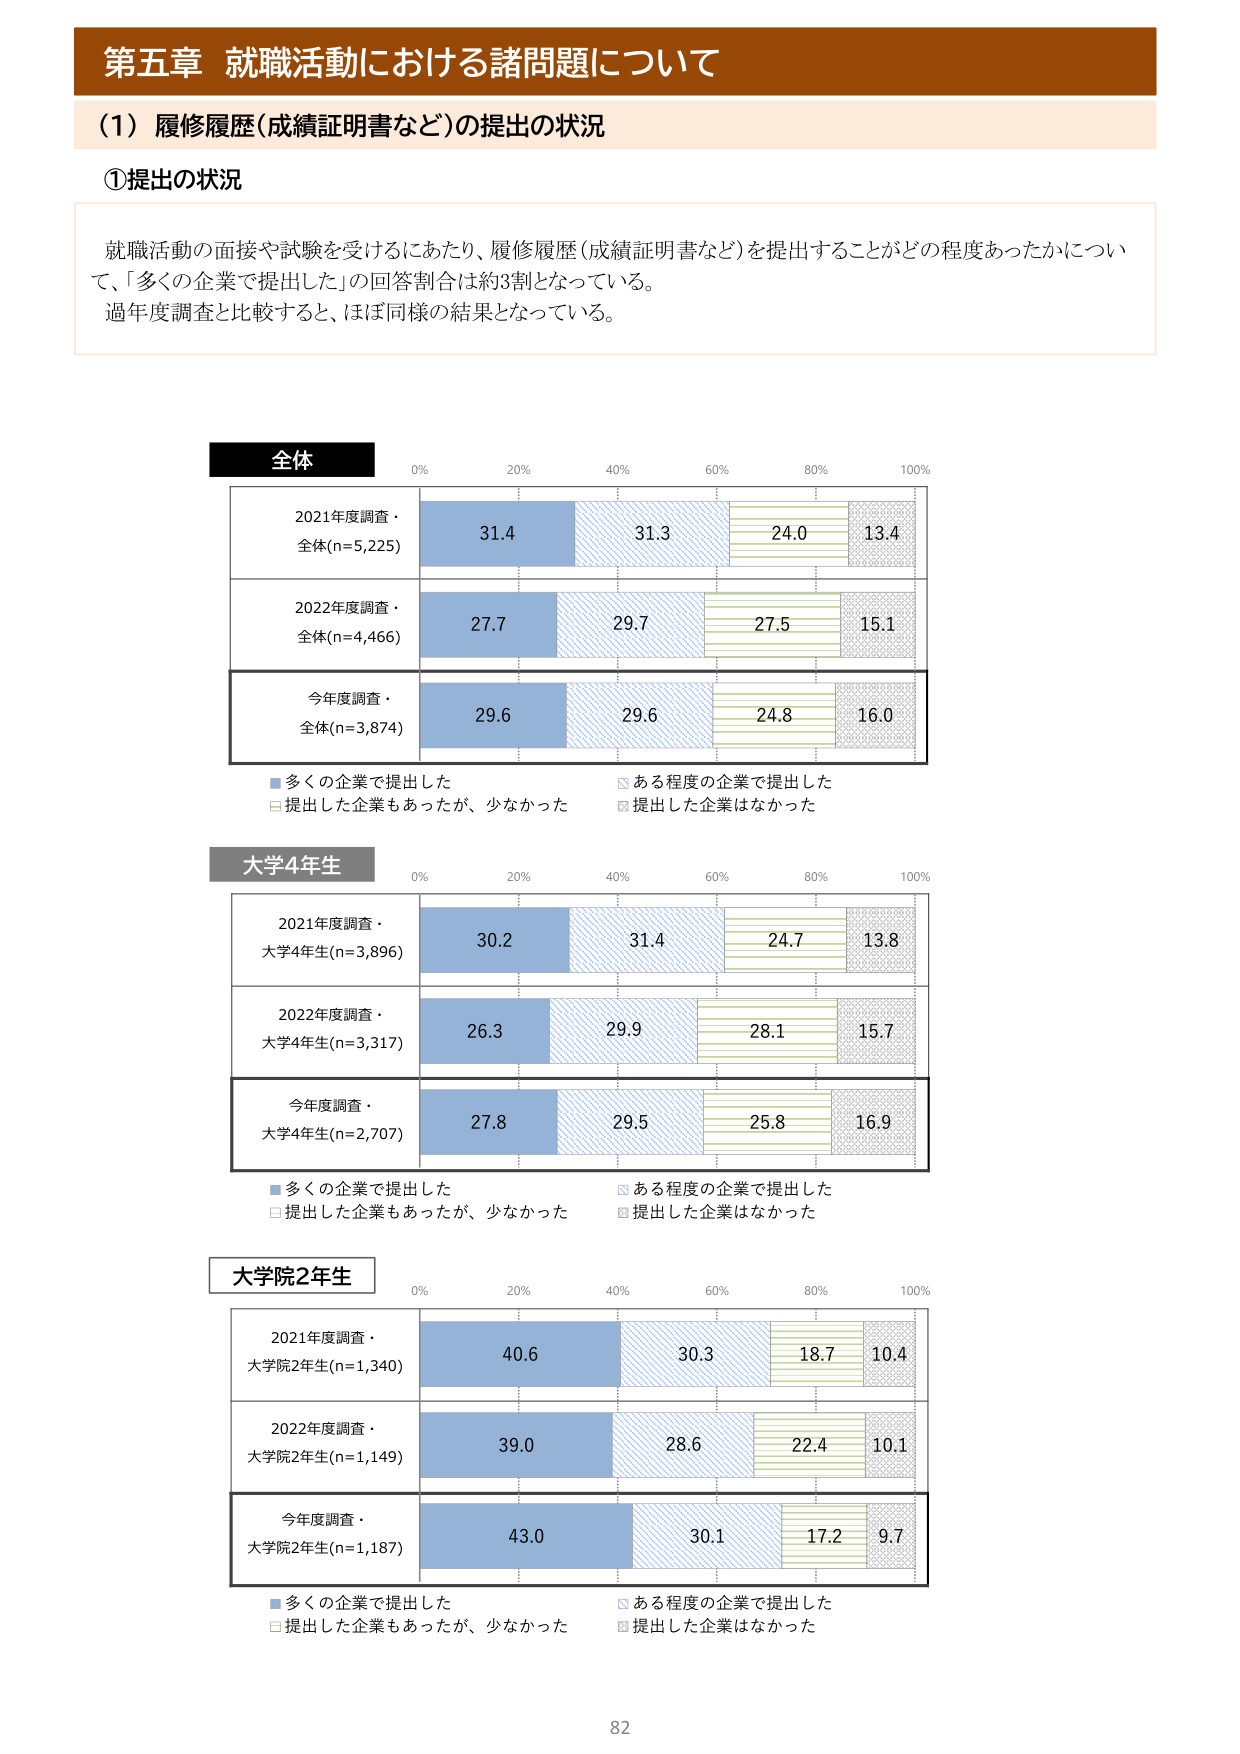
第五章 就職活動における諸問題について

（1）履修履歴（成績証明書など）の提出の状況

①提出の状況

就職活動の面接や試験を受けるにあたり、履修履歴（成績証明書など）を提出することがどの程度あったかについて、「多くの企業で提出した」の回答割合は約3割となっている。
過年度調査と比較すると、ほぼ同様の結果となっている。

全体
0% 20% 40% 60% 80% 100%
2021年度調査・全体(n=5,225) 31.4 31.3 24.0 13.4
2022年度調査・全体(n=4,466) 27.7 29.7 27.5 15.1
今年度調査・全体(n=3,874) 29.6 29.6 24.8 16.0
■多くの企業で提出した □ある程度の企業で提出した
□提出した企業もあったが、少なかった ■提出した企業はなかった

大学4年生
0% 20% 40% 60% 80% 100%
2021年度調査・大学4年生(n=3,896) 30.2 31.4 24.7 13.8
2022年度調査・大学4年生(n=3,317) 26.3 29.9 28.1 15.7
今年度調査・大学4年生(n=2,707) 27.8 29.5 25.8 16.9
■多くの企業で提出した □ある程度の企業で提出した
□提出した企業もあったが、少なかった ■提出した企業はなかった

大学院2年生
0% 20% 40% 60% 80% 100%
2021年度調査・大学院2年生(n=1,340) 40.6 30.3 18.7 10.4
2022年度調査・大学院2年生(n=1,149) 39.0 28.6 22.4 10.1
今年度調査・大学院2年生(n=1,187) 43.0 30.1 17.2 9.7
■多くの企業で提出した □ある程度の企業で提出した
□提出した企業もあったが、少なかった ■提出した企業はなかった

82